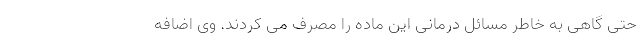
حتی گاهی به خاطر مسائل درمانی این ماده را مصرف می کردند. وی اضافه